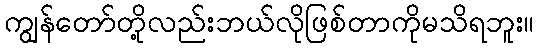
ကျွန်တော်တို့လည်းဘယ်လိုဖြစ်တာကိုမသိရဘူး။